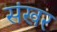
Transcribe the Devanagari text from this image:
संखर